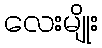
လေးမျိုး